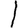
Digit: 1